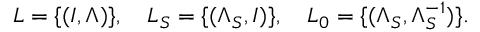
L = \{ ( I , \Lambda ) \} , \quad L _ { S } = \{ ( \Lambda _ { S } , I ) \} , \quad L _ { 0 } = \{ ( \Lambda _ { S } , \Lambda _ { S } ^ { - 1 } ) \} .